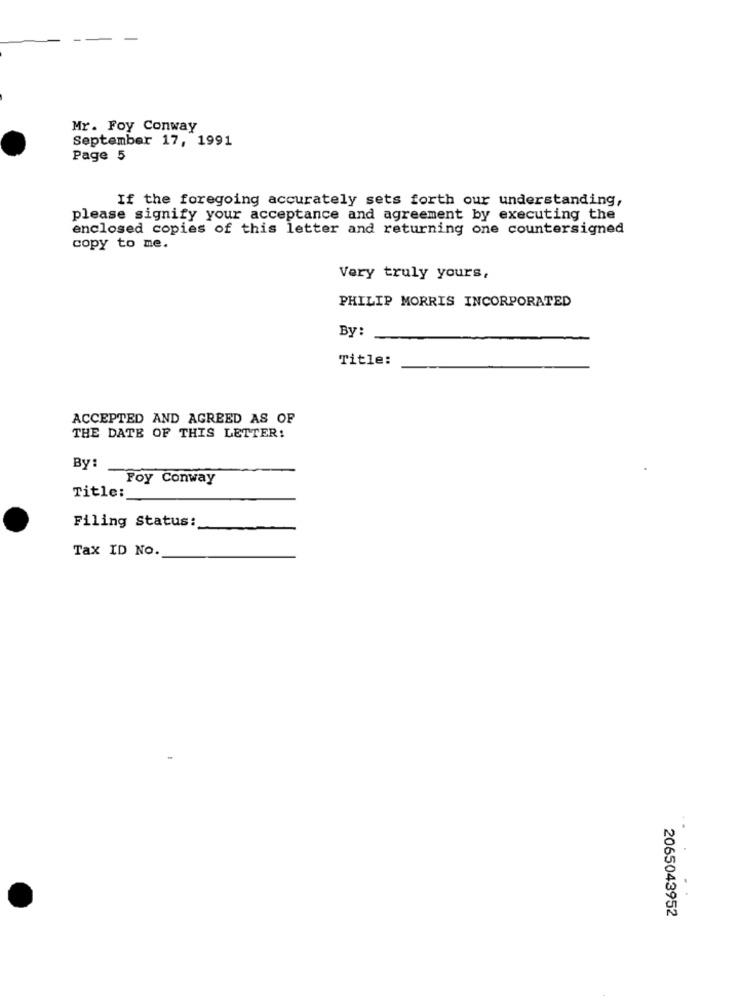
Mr. Foy Conway
September 17, 1991
Page 5
If the foregoing accurately sets forth our understanding,
please signify your acceptance and agreement by executing the
enclosed copies of this letter and returning one countersigned
copy to me.
Very truly yours,
PHILIP MORRIS INCORPORATED
By:
Title:
ACCEPTED AND AGREED AS OF
THE DATE OF THIS LETTER!
By:
Foy Conway
Title:
Filing Status:
Tax ID NO.
2065043952